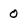
Character: 0